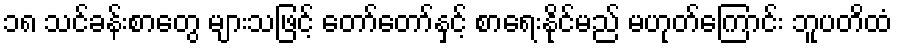
၁၈ သင်ခန်းစာတွေ များသဖြင့် တော်တော်နှင့် စာရေးနိုင်မည် မဟုတ်ကြောင်း ဘူပတိထံ